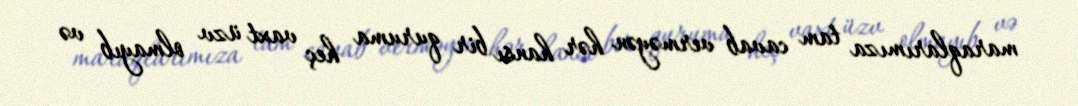
maraqlarımıza tam cavab verməyən hər hansı bir quruma heç vaxt üzv olmayıb və